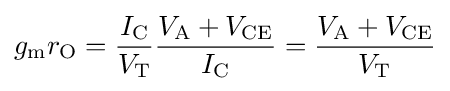
g_{\text{m}}r_{\text{O}}={\frac {I_{\text{C}}}{V_{\text{T}}}}{\frac {V_{\text{A}}+V_{\text{CE}}}{I_{\text{C}}}}={\frac {V_{\text{A}}+V_{\text{CE}}}{V_{\text{T}}}}